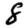
Digit: 8